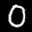
Label: 0